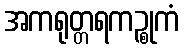
အကရုတ္တရကဉ္စုကံ